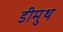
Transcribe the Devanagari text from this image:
डीमुथ